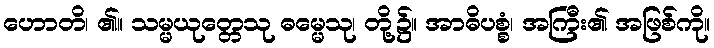
ဟောတိ၊ ၏။ သမ္မယုတ္တေသု ဓမ္မေသု၊ တို့၌။ အာဓိပစ္စံ၊ အကြီး၏ အဖြစ်ကို။